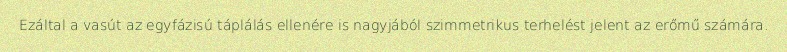
Ezáltal a vasút az egyfázisú táplálás ellenére is nagyjából szimmetrikus terhelést jelent az erőmű számára.